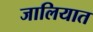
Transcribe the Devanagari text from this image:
जालियात